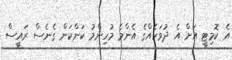
އެ ކޮމިޓީ އަށް އެ ދުވަހެއްގެ އެންމެ މުހިންމު ކަންކަން ގެނެސް ރައީސް